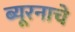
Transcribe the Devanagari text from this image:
ब्यूरनाचे